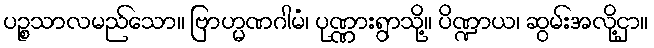
ပဉ္စသာလမည်သော။ ဗြာဟ္မဏဂါမံ၊ ပုဏ္ဏားရွာသို့။ ပိဏ္ဍာယ၊ ဆွမ်းအလို့ငှာ။